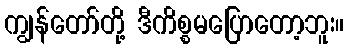
ကျွန်တော်တို့ ဒီကိစ္စမပြောတော့ဘူး။